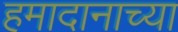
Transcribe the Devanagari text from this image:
हमादानाच्या